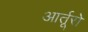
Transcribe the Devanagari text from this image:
आर्तूरो